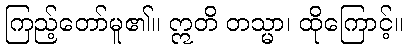
ကြည့်တော်မူ၏။ ဣတိ တသ္မာ၊ ထိုကြောင့်။